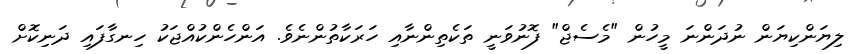
ލިޔަންކިޔަން ނުދަންނަ މީހުން "މެސެޖް" ފޮނުވަނީ ތަކެތިންނާއި ހަރަކާތުންނެވެ. އަންހެންކުއްޖަކު ހިނގާފައި ދަނިކޮށް